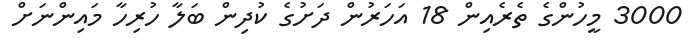
3000 މީހުންގެ ތެރެއިން 18 އަހަރުން ދަށުގެ ކުދިން ބަލާ ހުރިހާ މައިންނަށް